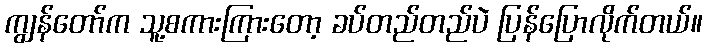
ကျွန်တော်က သူ့စကားကြားတော့ ခပ်တည်တည်ပဲ ပြန်ပြောလိုက်တယ်။